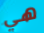
هي